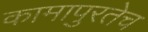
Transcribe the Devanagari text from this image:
कामापुरतेच